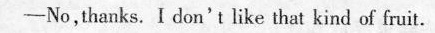
-No,thanks. Idon't like that kind of fruit.